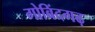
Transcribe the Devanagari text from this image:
गोबिंदगढ़